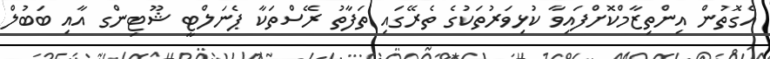
އެގޮތުން އިންތިޒާމްކޮށްފައިވާ ކުޅިވަރުތަކުގެ ތެރޭގައި ތަފާތު ރޭސްތަކާ ޕެނަލްޓީ ޝޫޓިންގ އާއި ބަބުލް